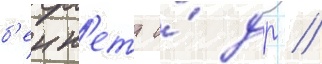
б'енн'етт и́ др //